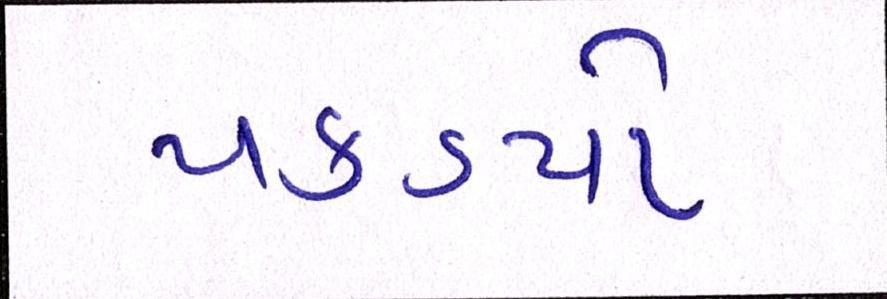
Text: પકડયો